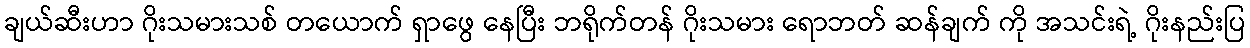
ချယ်ဆီးဟာ ဂိုးသမားသစ် တယောက် ရှာဖွေ နေပြီး ဘရိုက်တန် ဂိုးသမား ရောဘတ် ဆန်ချက် ကို အသင်းရဲ့ ဂိုးနည်းပြ